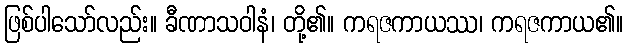
ဖြစ်ပါသော်လည်း။ ခီဏာသဝါနံ၊ တို့၏။ ကရဇကာယဿ၊ ကရဇကာယ၏။